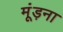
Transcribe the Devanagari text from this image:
मूंड़ना